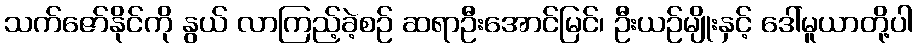
သက်ဇော်နိုင်ကို နွယ် လာကြည့်ခဲ့စဉ် ဆရာဦးအောင်မြင်၊ ဦးယဉ်မျိုးနှင့် ဒေါ်မူယာတို့ပါ